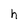
Character: h